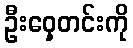
ဦးဝှေ့တင်းကို